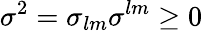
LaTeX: \sigma^{2}=\sigma_{lm}\sigma^{lm}\geq 0